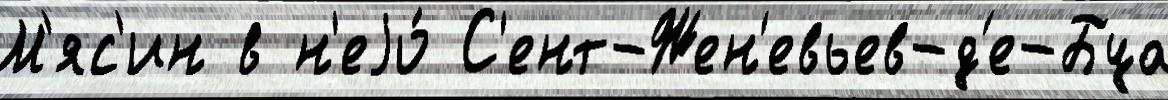
М'яс'ин в н'еjо́ С'ент-Жен'евьев-д'е-Буа